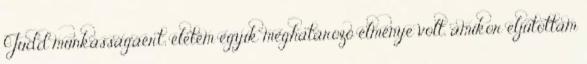
Judd munkásságáért; életem egyik meghatározó élménye volt, amikor eljutottam